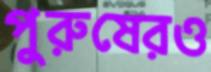
পুরুষেরও